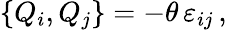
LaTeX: \{ Q_{i},Q_{j}\} =-\theta\, \varepsilon_{ij}\, ,